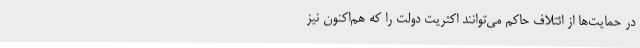
در حمایت‌ها از ائتلاف حاکم می‌توانند اکثریت دولت را که هم‌اکنون نیز